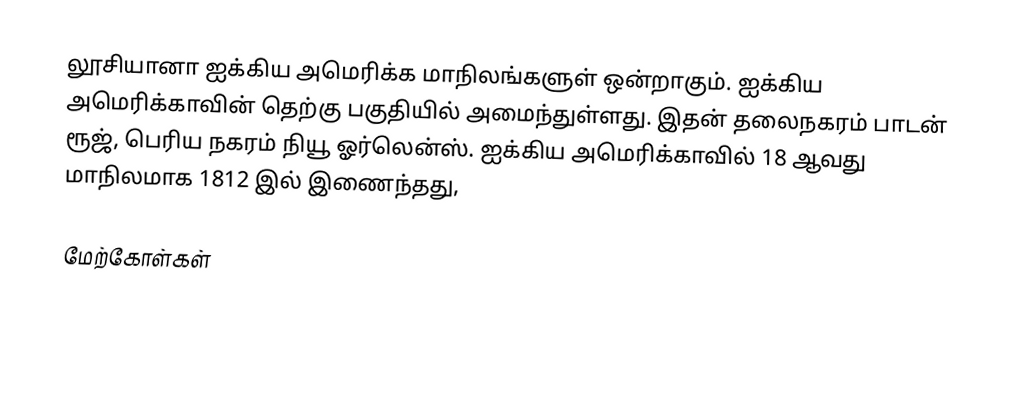
லூசியானா ஐக்கிய அமெரிக்க மாநிலங்களுள் ஒன்றாகும். ஐக்கிய அமெரிக்காவின் தெற்கு பகுதியில் அமைந்துள்ளது. இதன் தலைநகரம் பாடன் ரூஜ், பெரிய நகரம் நியூ ஓர்லென்ஸ். ஐக்கிய அமெரிக்காவில் 18 ஆவது மாநிலமாக 1812 இல் இணைந்தது,

மேற்கோள்கள்